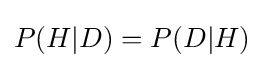
P(H|D)=P(D|H)